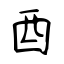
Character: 酉